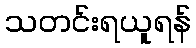
သတင်းရယူရန်